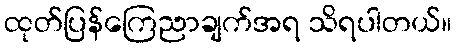
ထုတ်ပြန်ကြေညာချက်အရ သိရပါတယ်။